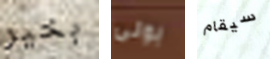
بخير بونى سيقام